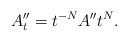
LaTeX: \begin{align*}\begin{aligned}A''_{t}=t^{-N}A''t^{N}.\end{aligned}\end{align*}